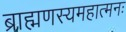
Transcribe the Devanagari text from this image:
ब्राह्मणस्यमहात्मनः